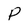
Character: P